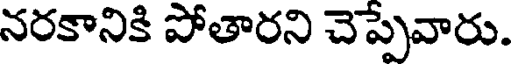
నరకానికి పోతారని చెప్పేవారు.